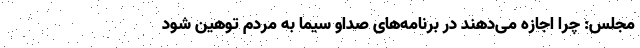
مجلس: چرا اجازه می‌دهند در برنامه‌های صداو سیما به مردم توهین شود